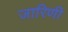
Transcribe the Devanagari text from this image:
जारिणी